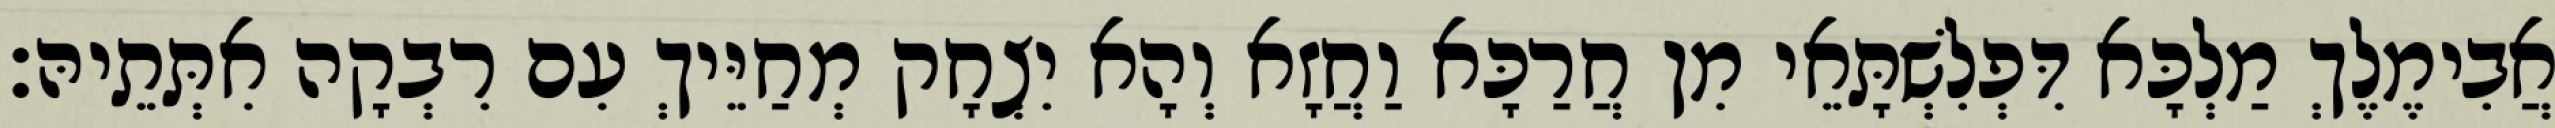
אֲבִימֶלֶךְ מַלְכָּא דִּפְלִשְׁתָּאֵי מִן חֲרַכָּא וַחֲזָא וְהָא יִצְחָק מְחַיֵּיךְ עִם רִבְקָה אִתְּתֵיהּ׃